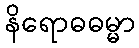
နိရောဓဓမ္မာ